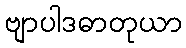
ဗျာပါဒဓာတုယာ